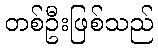
တစ်ဦးဖြစ်သည်